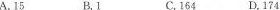
A.15 B.1 C.164 D.174